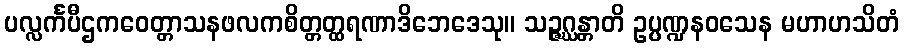
ပလ္လင်္ကပီဌကဝေတ္တာသနဖလကစိတ္တတ္ထရဏာဒိဘေဒေသု။ သဉ္ဇဂ္ဃန္တာတိ ဥပ္ပဏ္ဍနဝသေန မဟာဟသိတံ